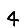
Digit: 4